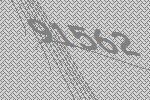
91562